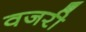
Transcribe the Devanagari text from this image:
वजरी